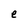
Character: e